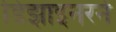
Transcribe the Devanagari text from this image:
डिझाइनरने